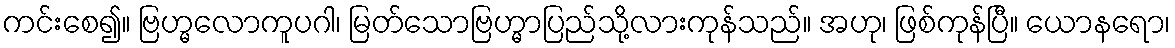
ကင်းစေ၍။ ဗြဟ္မလောကူပဂါ၊ မြတ်သောဗြဟ္မာပြည်သို့လားကုန်သည်။ အဟု၊ ဖြစ်ကုန်ပြီ။ ယောနရော၊